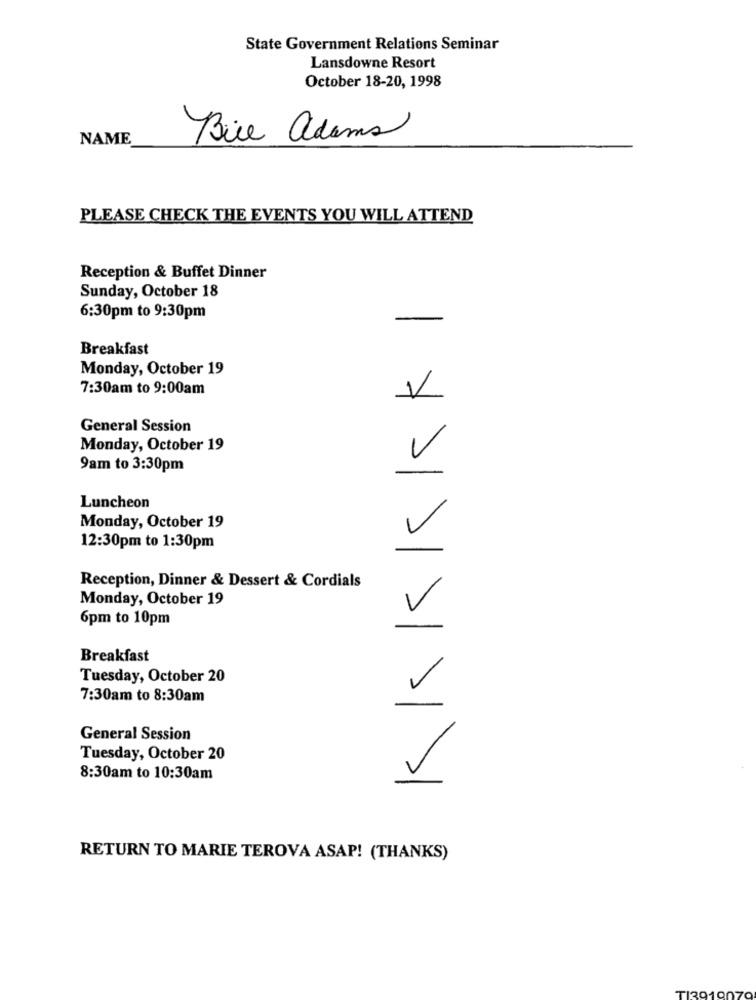
State Government Relations Seminar
Lansdowne Resort
October 18-20, 1998
NAME
Rice adams
PLEASE CHECK THE EVENTS YOU WILL ATTEND
Reception & Buffet Dinner
Sunday, October 18
KIK5|skl
6:30pm to 9:30pm
Breakfast
Monday, October 19
7:30am to 9:00am
General Session
Monday, October 19
9am to 3:30pm
Luncheon
Monday, October 19
12:30pm to 1:30pm
Reception, Dinner & Dessert & Cordials
Monday, October 19
6pm to 10pm
Breakfast
Tuesday, October 20
7:30am to 8:30am
General Session
Tuesday, October 20
8:30am to 10:30am
RETURN TO MARIE TEROVA ASAP! (THANKS)
TI39191